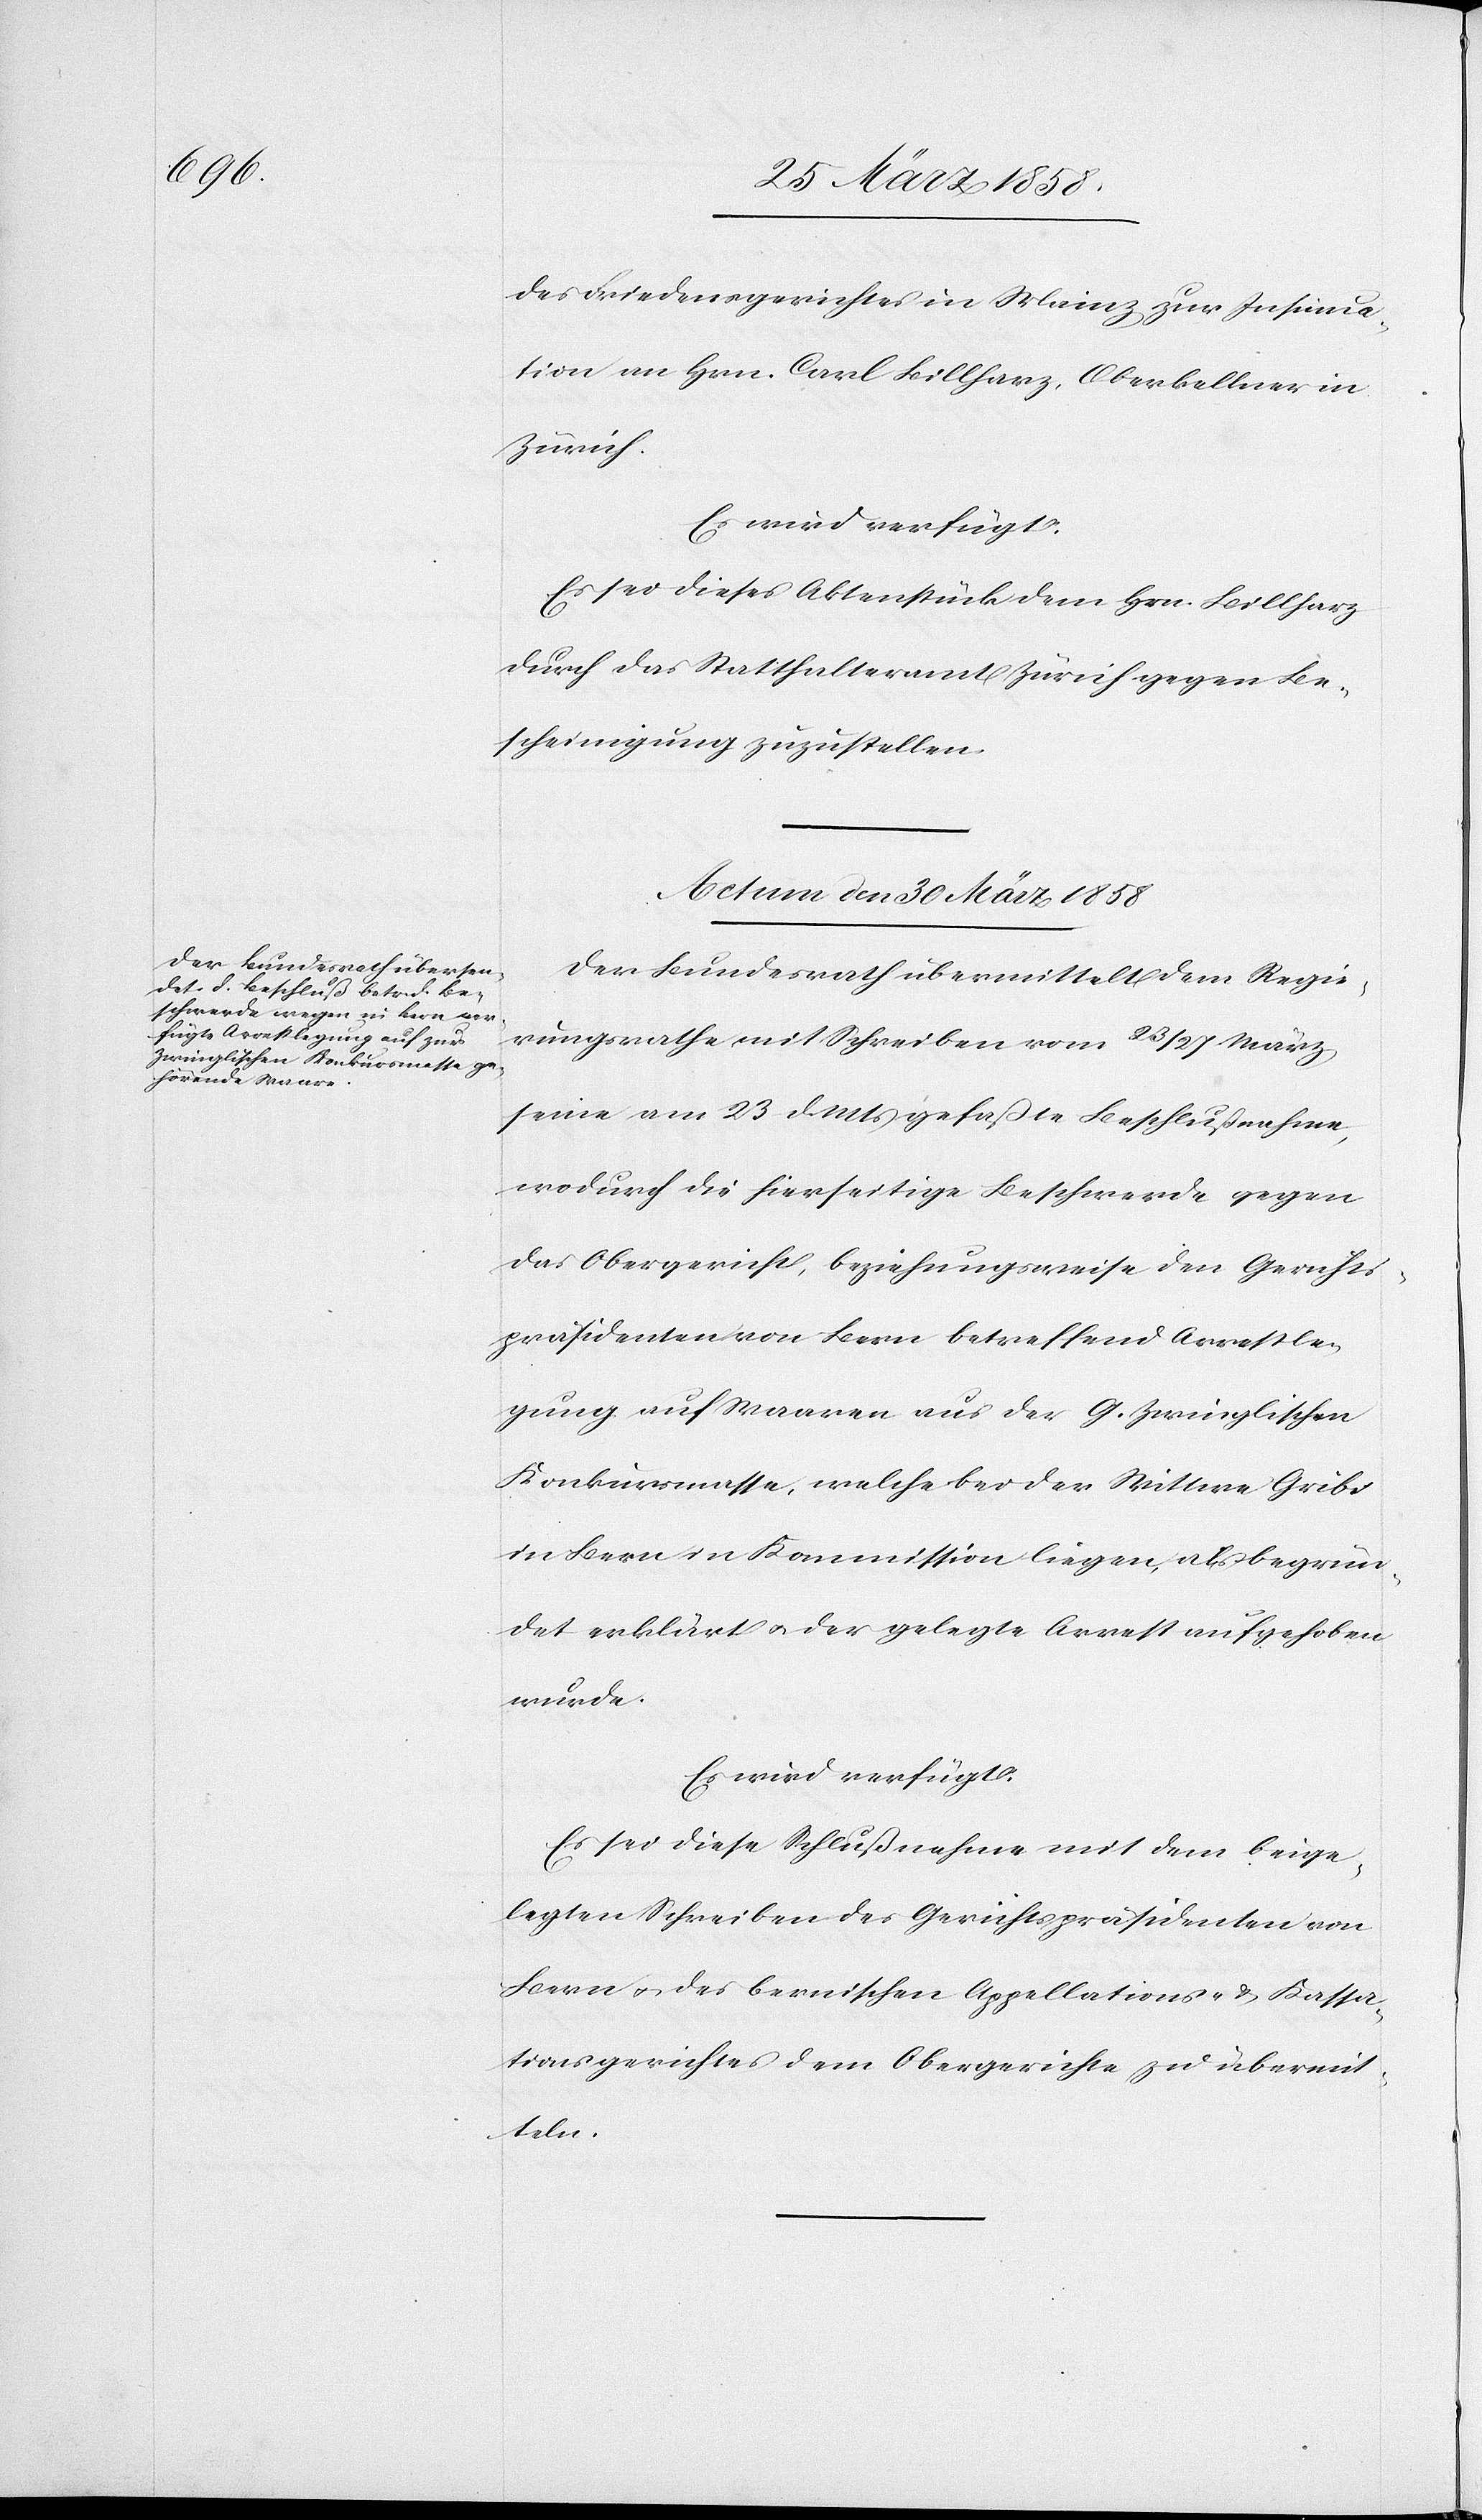
des Friedensgerichtes in Mainz zur Insinua¬
tion an Hrn. Carl Billharz, Oberkellner in
Zürich.
Es wird verfügt:
Es sei dieses Aktenstück dem Hrn. Billharz
durch das Statthalteramt Zürich gegen Be¬
scheinigung zuzustellen.
Actum den 30. März 1858.
Der Bundesrath übermittelt dem Regie¬
rungsrathe mit Schreiben vom 23/27. März
seine am 23. d. Mts. gefaßte Beschlußnahme,
wodurch die hierseitige Beschwerde gegen
das Obergericht, beziehungsweise den Gerichts¬
präsidenten von Bern betreffend Arrestle¬
gung auf Waaren aus der G. Zwinglischen
Konkursmasse, welche bei der Wittwe Gribi
in Bern in Kommission liege, als begrün¬
det erklärt u. der gelegte Arrest aufgehoben
wurde.
Es sei diese Schlußnahme mit dem beige¬
legten Schreiben des Gerichtspräsidenten von
Bern u. des bernischen Appellations- u. Kassa¬
tionsgerichtes dem Obergerichte zu übermit¬
teln.